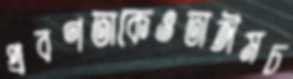
প্রবণতাকেওতাঈমচ